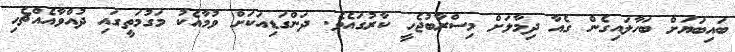
ބައިބަޔަށް ބަހާލައިގެން ގެއާ ދިމާލަށް މިސްރާބުޖެހީ ކާރުގައެވެ. ދަންގަޑިއަކަށް ވުމާއެކު މަގުމަތީގައި ދުއްވާއެއްޗެހި